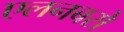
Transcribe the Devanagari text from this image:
एलनबरो